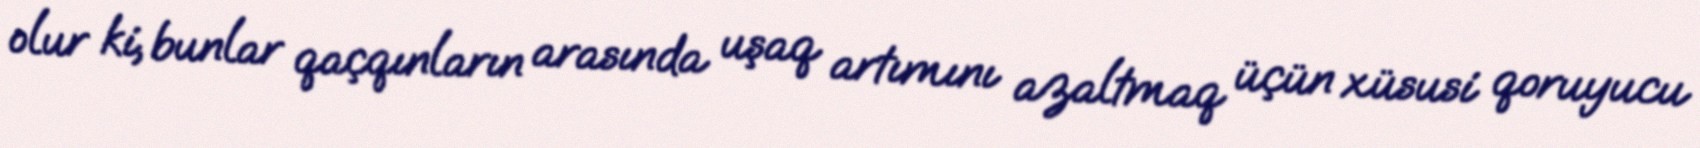
olur ki, bunlar qaçqınların arasında uşaq artımını azaltmaq üçün xüsusi qoruyucu